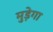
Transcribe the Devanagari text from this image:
मुड़ेगा